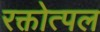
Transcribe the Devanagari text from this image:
रक्तोत्पल